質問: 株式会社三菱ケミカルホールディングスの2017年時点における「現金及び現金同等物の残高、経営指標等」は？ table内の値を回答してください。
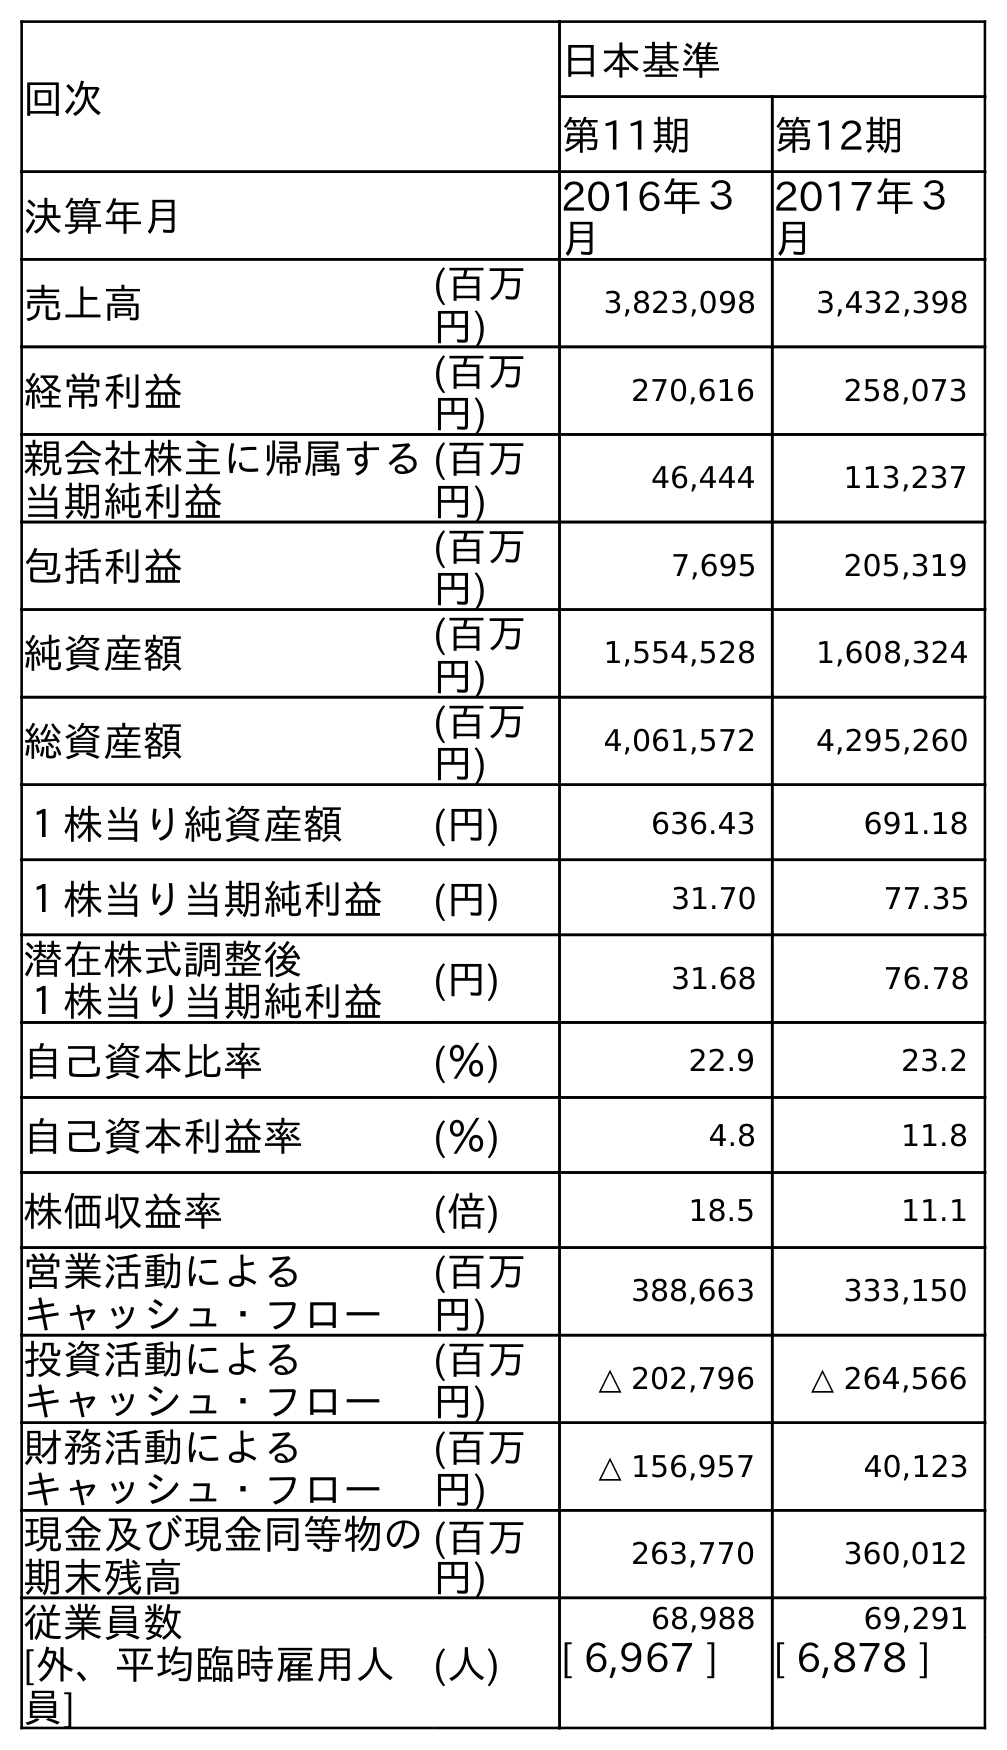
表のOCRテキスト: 回次 日本基準 第11期 第12期 決算年月 2016年３ 月 2017年３ 月 売上高 (百万 円) 3,823,098 3,432,398 経常利益 (百万 円) 270,616 258,073 親会社株主に帰属する 当期純利益 (百万 円) 46,444 113,237 包括利益 (百万 円) 7,695 205,319 純資産額 (百万 円) 1,554,528 1,608,324 総資産額 (百万 円) 4,061,572 4,295,260 １株当り純資産額 (円) 636.43 691.18 １株当り当期純利益 (円) 31.70 77.35 潜在株式調整後 １株当り当期純利益 (円) 31.68 76.78 自己資本比率 (％) 22.9 23.2 自己資本利益率 (％) 4.8 11.8 株価収益率 (倍) 18.5 11.1 営業活動による キャッシュ・フロー (百万 円) 388,663 333,150 投資活動による キャッシュ・フロー (百万 円) △ 202,796 △ 264,566 財務活動による キャッシュ・フロー (百万 円) △ 156,957 40,123 現金及び現金同等物の 期末残高 (百万 円) 263,770 360,012 従業員数 [外、平均臨時雇用人 員] (人) 68,988 69,291 [ 6,967 ] [ 6,878 ]
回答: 360,012